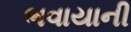
ભવાયાની